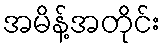
အမိန့်အတိုင်း